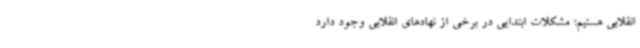
انقلابی هستیم؛ مشکلات ابتدایی در برخی از نهادهای انقلابی وجود دارد